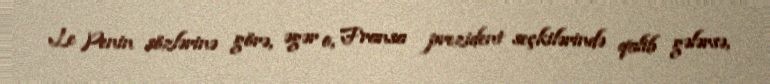
Le Penin sözlərinə görə, əgər o, Fransa prezident seçkilərində qalib gələrsə,